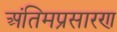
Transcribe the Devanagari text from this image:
अंतिमप्रसारण